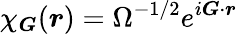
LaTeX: \chi_{\boldsymbol{G}}(\boldsymbol{r})=\Omega^{-1/2}e^{i\boldsymbol{G}\cdot\boldsymbol{r}}